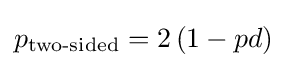
p_{\text{two-sided}}=2\left(1-pd\right)